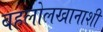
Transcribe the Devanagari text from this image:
बहलोलखानाशी